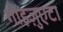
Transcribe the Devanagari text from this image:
गोइज़ुएटा